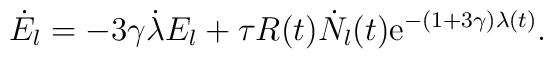
\dot E_l    = -3\gamma\dot\lambda E_l     +\tau R(t) \dot  N_l(t) \mathrm{e}^{-(1+3\gamma)\lambda(t)}.